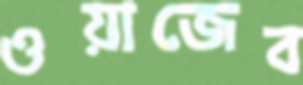
ওয়াজেব